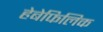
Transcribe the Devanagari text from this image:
हेबेफिलिक